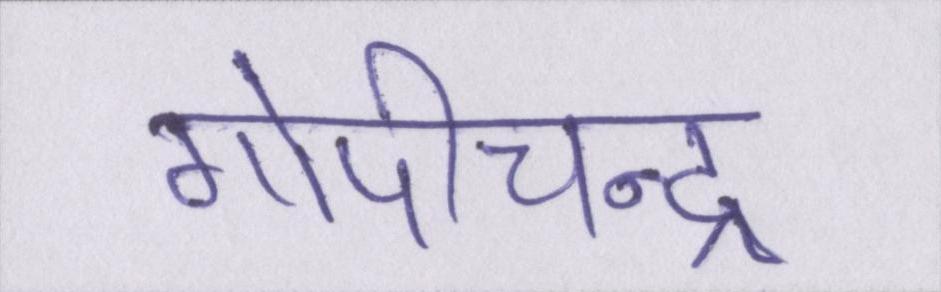
गोपीचन्द्र